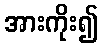
အားကိုး၍